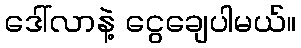
ဒေါ်လာနဲ့ ငွေချေပါမယ်။